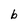
Character: b